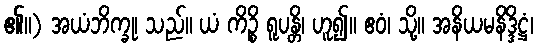
၏။) အယံဘိက္ခု၊ သည်။ ယံ ကိဉ္စိ ရူပန္တိ၊ ဟူ၍။ ဧဝံ၊ သို့။ အနိယမနိဒ္ဒိဋ္ဌံ၊